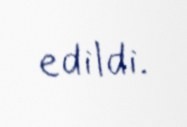
edildi.